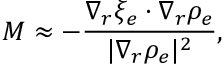
{ \cal M } \approx - \frac { \nabla _ { r } \xi _ { e } \cdot \nabla _ { r } \rho _ { e } } { | \nabla _ { r } \rho _ { e } | ^ { 2 } } ,